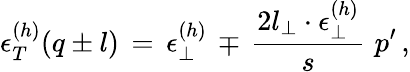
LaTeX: \epsilon_{T}^{(h)}(q\pm l)\, =\, \epsilon_{\perp}^{(h)}\, \mp\, \frac{2l_{\perp}\cdot\epsilon_{\perp}^{(h)}}{s}\, \, p^{\prime}\, ,